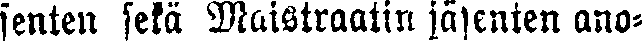
senten sekä Maistraatin jäsenten ano-